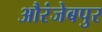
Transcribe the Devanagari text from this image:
औरंजेबपुर